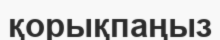
қорықпаңыз